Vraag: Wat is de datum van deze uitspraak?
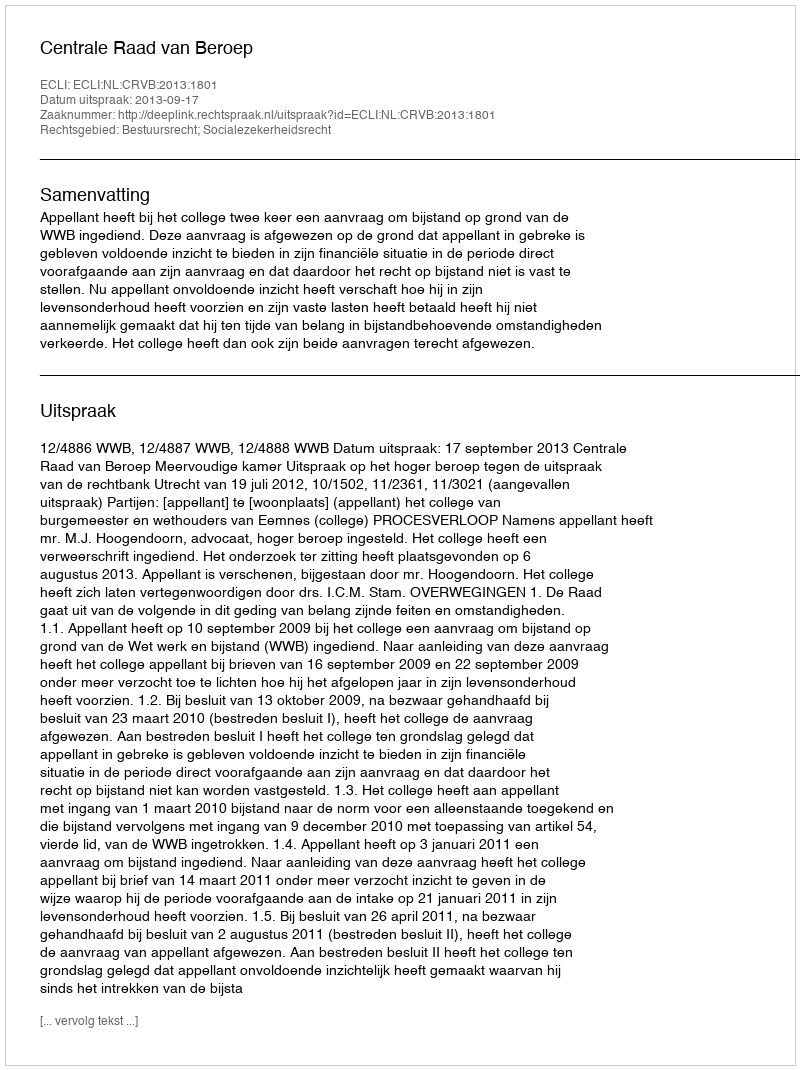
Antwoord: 2013-09-17